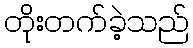
တိုးတက်ခဲ့သည်